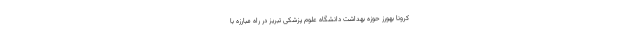
کرونا بهورز حوزه‌ بهداشت دانشگاه علوم پزشکی تبریز در راه مبارزه با